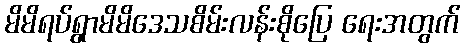
မိမိရပ်ရွာမိမိဒေသစိမ်းလန်းစိုပြေ ရေးအတွက်